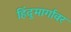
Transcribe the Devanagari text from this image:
हिंदूमार्गावर